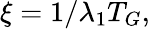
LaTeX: \xi=1/\lambda_{1}T_{G},